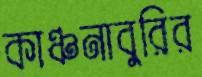
কাঞ্চনাবুরির